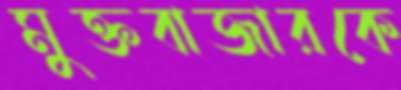
মুক্তবাজারকে